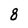
Character: 8